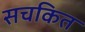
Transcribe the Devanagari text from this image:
सचकित